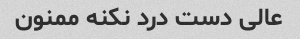
عالی دست درد نکنه ممنون